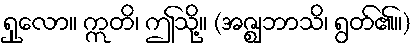
ရှုလော။ ဣတိ၊ ဤသို့။ (အဇ္ဈဘာသိ၊ ရွတ်၏။)